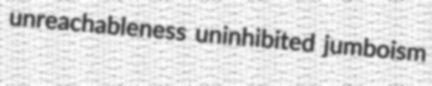
unreachableness uninhibited jumboism